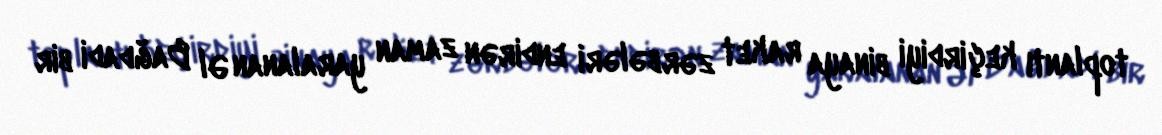
toplantı keçirdiyi binaya raket zərbələri endirən zaman yaralanan Əl Bağdadi bir